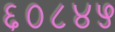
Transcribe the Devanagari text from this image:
६०८४५